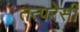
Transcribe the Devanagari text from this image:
तत्परेसी